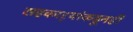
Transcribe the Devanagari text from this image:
सहकार्‍यांकडूनही